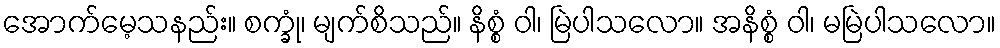
အောက်မေ့သနည်း။ စက္ခုံ၊ မျက်စိသည်။ နိစ္စံ ဝါ၊ မြဲပါသလော။ အနိစ္စံ ဝါ၊ မမြဲပါသလော။